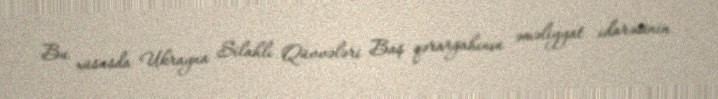
Bu xüsusda Ukrayna Silahlı Qüvvələri Baş qərargahının əməliyyat idarəsinin